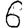
Digit: 6